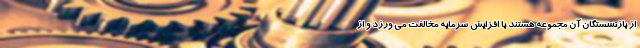
از بازنشستگان آن مجموعه هستند با افزایش سرمایه مخالفت می‌ ورزد و از